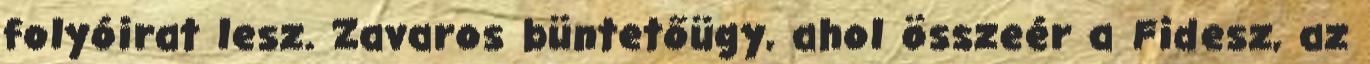
folyóirat lesz. Zavaros büntetőügy, ahol összeér a Fidesz, az